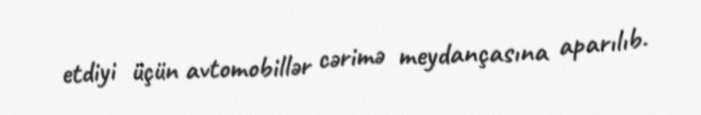
etdiyi üçün avtomobillər cərimə meydançasına aparılıb.